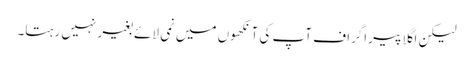
لیکن اگلا پیراگراف آپ کی آنکھوں میں نمی لائے بغیر نہیں رہتا۔